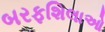
બરફશિલાઓ